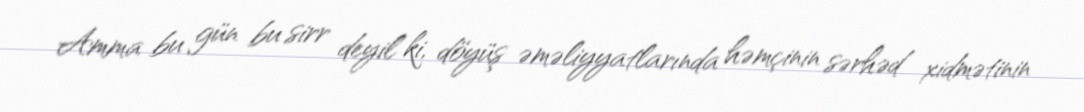
Amma bu gün bu sirr deyil ki, döyüş əməliyyatlarında həmçinin sərhəd xidmətinin